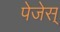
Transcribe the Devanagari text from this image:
पेजेस्